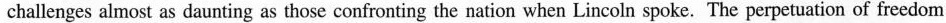
challenges almost as daunting as those confronting the nation when Lincoln spoke. The perpctuation of freedom